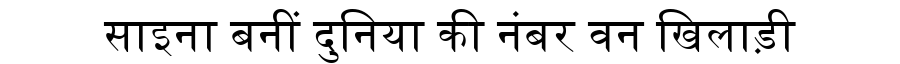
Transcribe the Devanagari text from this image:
साइना बनीं दुनिया की नंबर वन खिलाड़ी